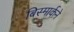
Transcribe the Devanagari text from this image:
बिस्मार्कने